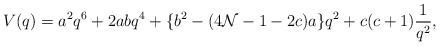
\begin{align*}V(q) = a^2 q^6 + 2 a b q^4 +\{ b^2 - (4 {\cal N}-1-2 c)a \}q^2 + c(c+1)\frac{1}{q^2},\end{align*}